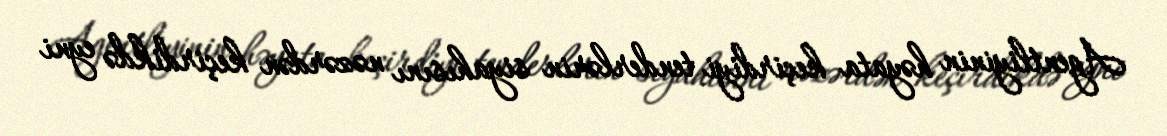
Agentliyinin həyata keçirdiyi tenderlərin siyahısını nəzərdən keçirdikdə eyni